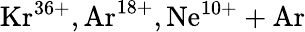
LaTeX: \mathrm{Kr^{36+},Ar^{18+},Ne^{10+}+Ar}